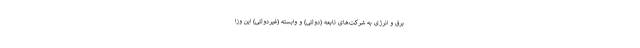
برق و انرژی به شرکت‌های تابعه (دولتی) و وابسته (غیردولتی) این وزا